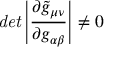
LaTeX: { \it d e t } \left| \frac { \partial \tilde { g } _ { \mu \nu } } { \partial g _ { \alpha \beta } } \right| \neq 0